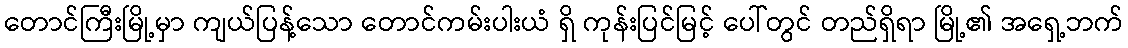
တောင်ကြီးမြို့မှာ ကျယ်ပြန့်သော တောင်ကမ်းပါးယံ ရှိ ကုန်းပြင်မြင့် ပေါ်တွင် တည်ရှိရာ မြို့၏ အရှေ့ဘက်